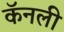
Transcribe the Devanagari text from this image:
कॅनली